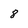
Character: 8